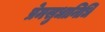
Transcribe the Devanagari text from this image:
प्रेमसुधानिधि